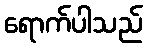
ရောက်ပါသည်